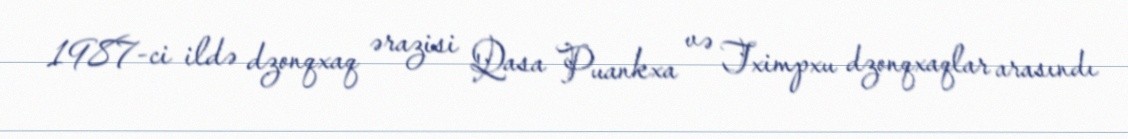
1987-ci ildə dzonqxaq ərazisi Qasa Puankxa və Tximpxu dzonqxaqlar arasındı